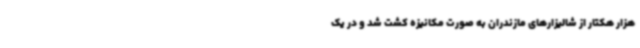
هزار هکتار از شالیزارهای مازندران به صورت مکانیزه کشت شد و در یک